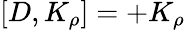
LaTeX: [D,K_{\rho}]=+K_{\rho}